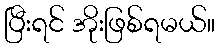
ပြီးရင် အိုးဖြစ်ရမယ်။